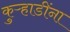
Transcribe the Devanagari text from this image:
कुऱ्हाडींना